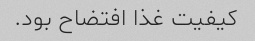
کیفیت غذا افتضاح بود.